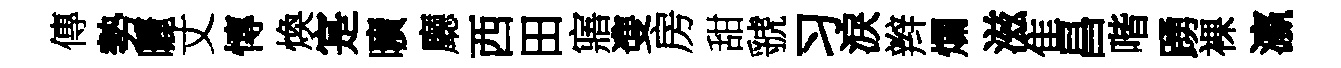
傳勢曬丈慱煥寔曠廳西田寤㕠房甜虢习淚辫爛滋隹昌喈踴裸瀛